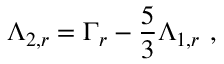
\Lambda _ { 2 , r } = \Gamma _ { r } - \frac 5 3 \Lambda _ { 1 , r } \ ,